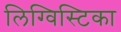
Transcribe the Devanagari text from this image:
लिग्विस्टिका